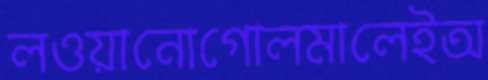
লওয়ানোগোলমালেইঅ